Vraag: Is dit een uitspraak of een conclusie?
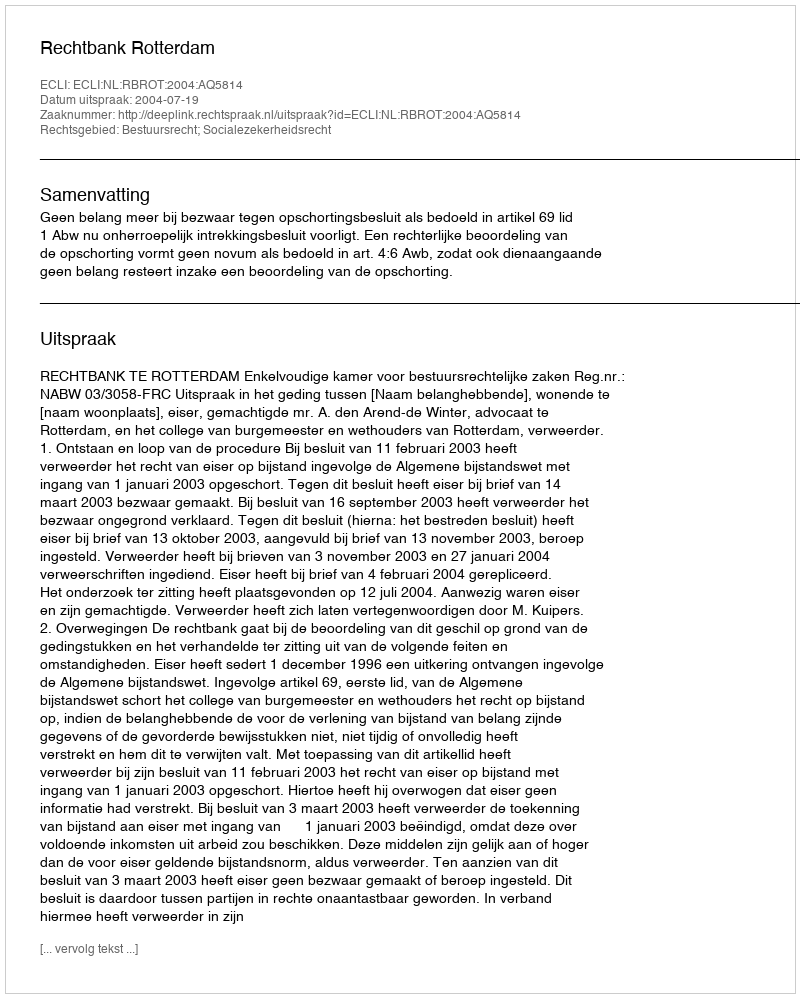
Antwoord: Uitspraak